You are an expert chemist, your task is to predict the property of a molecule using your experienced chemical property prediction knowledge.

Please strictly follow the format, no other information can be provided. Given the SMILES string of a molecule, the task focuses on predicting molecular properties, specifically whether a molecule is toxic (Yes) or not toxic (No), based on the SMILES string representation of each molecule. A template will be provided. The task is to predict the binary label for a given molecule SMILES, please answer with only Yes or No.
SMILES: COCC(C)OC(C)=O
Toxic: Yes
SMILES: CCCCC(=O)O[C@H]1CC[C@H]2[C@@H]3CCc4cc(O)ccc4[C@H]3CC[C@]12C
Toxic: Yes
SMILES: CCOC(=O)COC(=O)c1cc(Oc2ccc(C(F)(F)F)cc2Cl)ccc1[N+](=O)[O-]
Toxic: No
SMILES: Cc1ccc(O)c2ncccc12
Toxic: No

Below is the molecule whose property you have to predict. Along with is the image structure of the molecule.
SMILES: Oc1ccc(-c2ccccc2)c(Cl)c1
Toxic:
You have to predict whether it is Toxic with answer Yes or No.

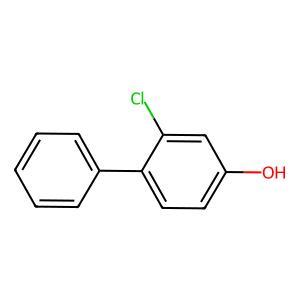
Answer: Yes